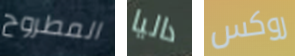
المطروح داليا روكس